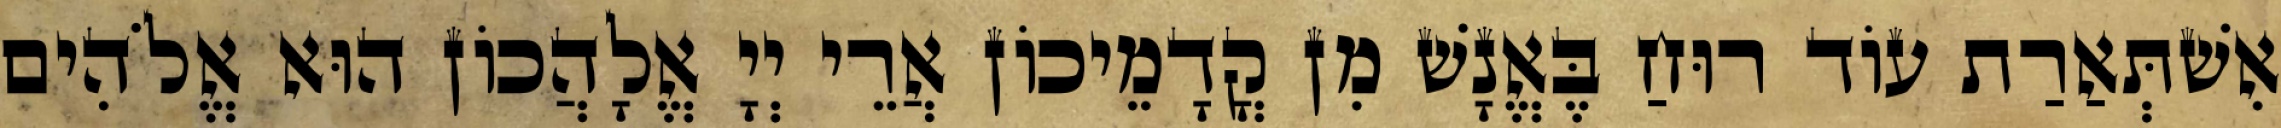
אִשׁתְּאַרַת עוֹד רוּחַ בֶּאֱנָשׁ מִן קֳדָמֵיכוֹן אֲרֵי יְיָ אֱלָהֲכוֹן הוּא אֱלֹהִים